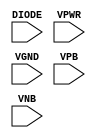
module sky130_fd_sc_ls__diode (
    DIODE,
    VPWR ,
    VGND ,
    VPB  ,
    VNB
);

    input DIODE;
    input VPWR ;
    input VGND ;
    input VPB  ;
    input VNB  ;
endmodule